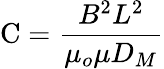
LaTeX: \mathrm{C}={\frac{B^{2}L^{2}}{\mu_{o}\mu D_{M}}}